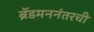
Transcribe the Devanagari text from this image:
ब्रॅडमननंतरची